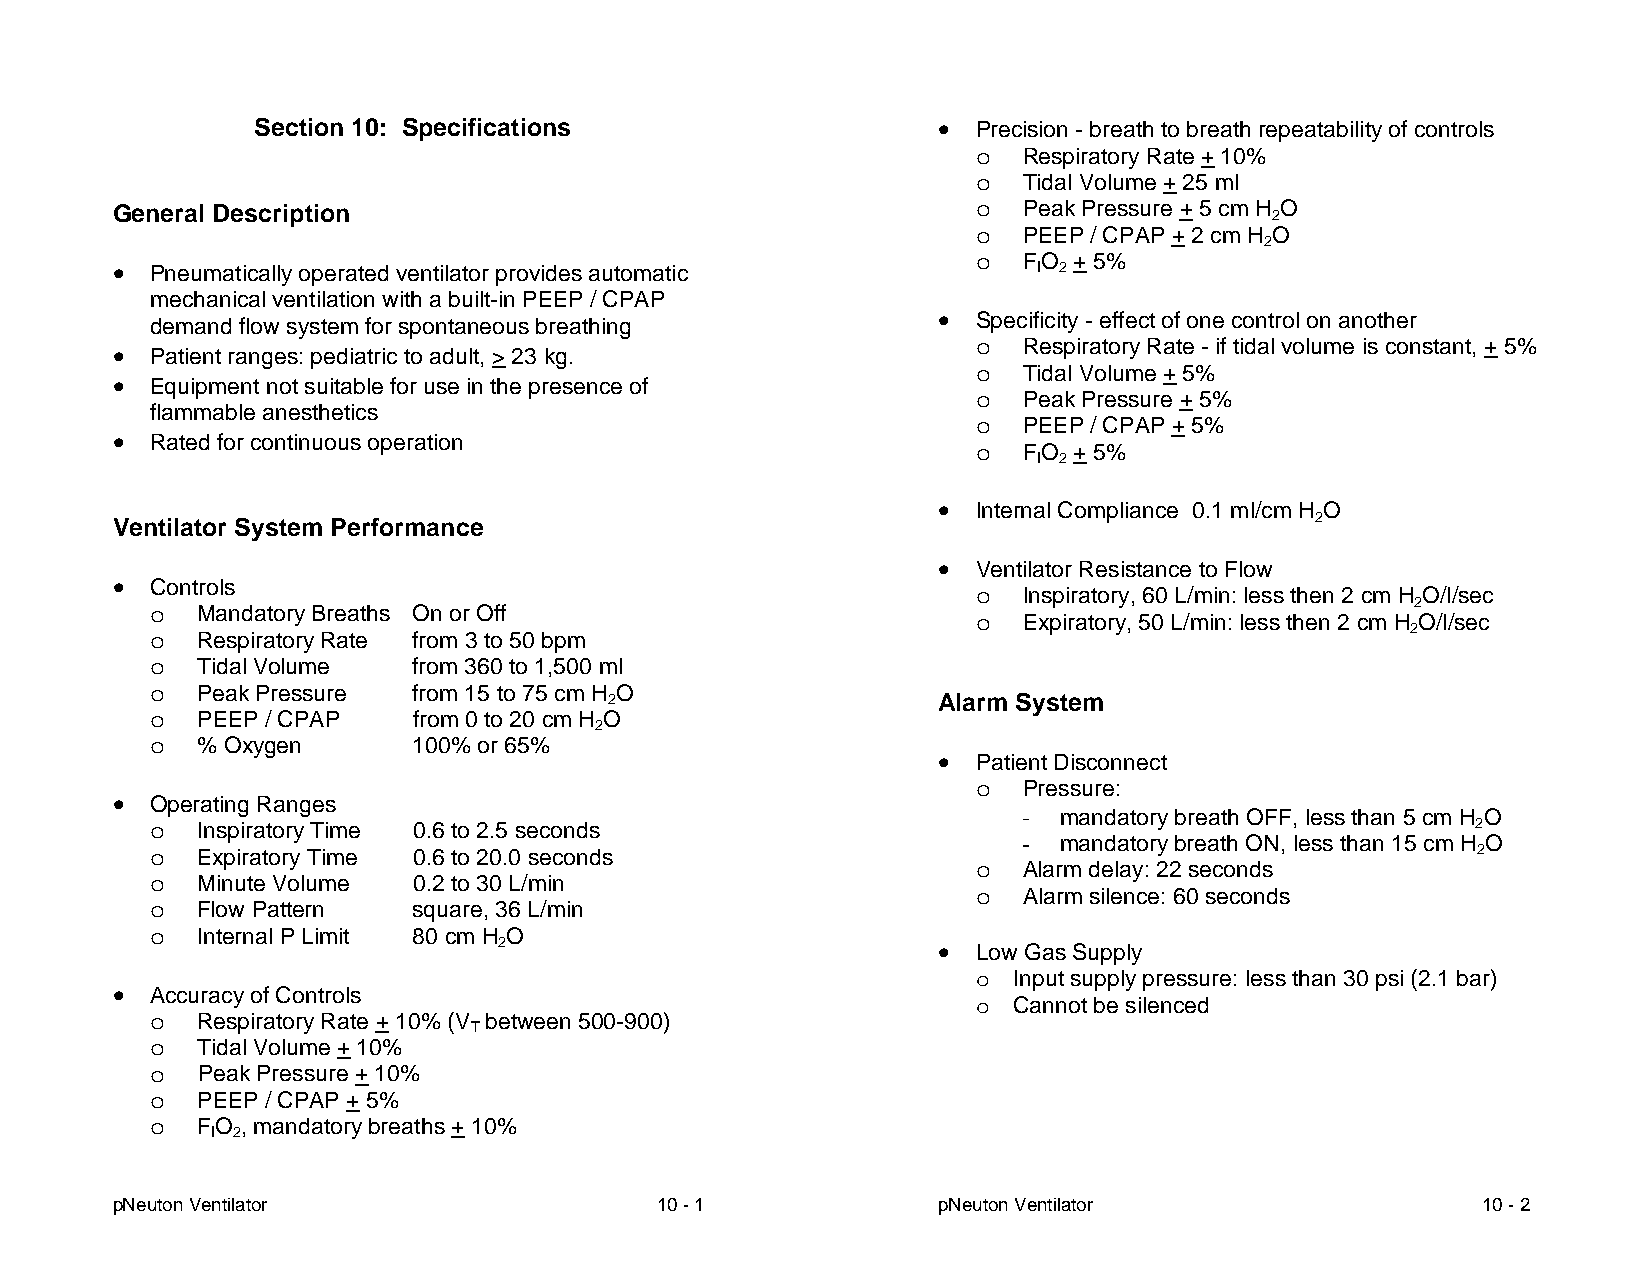
Section 10: Specifications                    Precision - breath to breath repeatability of controls
 o  Respiratory Rate + 10%
 o  Tidal Volume + 25 ml
 General Description                                       o  Peak Pressure + 5 cm H 2O
 o  PEEP / CPAP + 2 cm H 2O
 o  FO + 5%
  Pneumatically operated ventilator provides automatic       I 2
 mechanical ventilation with a built-in PEEP / CPAP
 demand flow system for spontaneous breathing         Specificity - effect of one control on another
 o  Respiratory Rate - if tidal volume is constant, + 5%
  Patient ranges: pediatric to adult, > 23 kg.
 o  Tidal Volume + 5%
  Equipment not suitable for use in the presence of
 o  Peak Pressure + 5%
 flammable anesthetics
 o  PEEP / CPAP + 5%
  Rated for continuous operation
 o  FO + 5%
 I 2
  Internal Compliance 0.1 ml/cm H O
 2
 Ventilator System Performance
  Ventilator Resistance to Flow
  Controls
 o  Inspiratory, 60 L/min: less then 2 cm H O/l/sec
 2
 o  Mandatory Breaths On or Off
 o  Expiratory, 50 L/min: less then 2 cm H O/l/sec
 2
 o  Respiratory Rate from 3 to 50 bpm
 o  Tidal Volume  from 360 to 1,500 ml
 o  Peak Pressure from 15 to 75 cm H O
 2                     Alarm System
 o  PEEP / CPAP   from 0 to 20 cm H O
 2
 o  % Oxygen      100% or 65%
  Patient Disconnect
 o  Pressure:
  Operating Ranges
 - mandatory breath OFF, less than 5 cm H O
 o  Inspiratory Time 0.6 to 2.5 seconds                                                  2
 - mandatory breath ON, less than 15 cm H O
 o  Expiratory Time 0.6 to 20.0 seconds                                                  2
 o  Alarm delay: 22 seconds
 o  Minute Volume 0.2 to 30 L/min
 o  Alarm silence: 60 seconds
 o  Flow Pattern  square, 36 L/min
 o  Internal P Limit 80 cm H O
 2                             Low Gas Supply
 o Input supply pressure: less than 30 psi (2.1 bar)
  Accuracy of Controls
 o Cannot be silenced
 o  Respiratory Rate + 10% (V between 500-900)
 T
 o  Tidal Volume + 10%
 o  Peak Pressure + 10%
 o  PEEP / CPAP + 5%
 o  FO , mandatory breaths + 10%
 I 2
 pNeuton Ventilator                  10 - 1             pNeuton Ventilator                  10 - 2